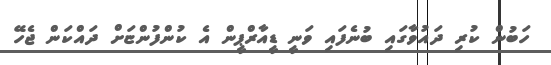
ހަބުން ކުރި ދައުވާގައި ބުނެފައި ވަނީ ޑީއާރްޕީން އެ ކުންފުންޏަށް ދައްކަން ޖެހޭ